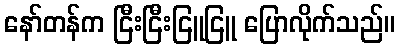
နော်တန်က ငြီးငြီးငြူငြူ ပြောလိုက်သည်။